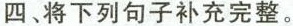
四、将下列句子补充完整。